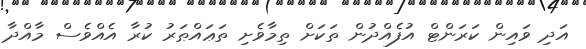
އަދި ވައިން ކަރަންޓް އުފެއްދުން ތަކަށް ތިމާވެށި ތަޢައްޠަރު ކުރާ އެއްވެސް މާއްދާ